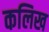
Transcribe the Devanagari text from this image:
कलिख